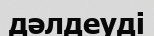
дәлдеуді